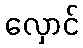
လှောင်